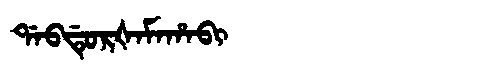
Manchu: ᡩᠠᠪᡩᡠᡵᡧᠠᠮᠠᡥᠠᠪᡳ
Romanization: DABDURŠAMAHABI